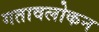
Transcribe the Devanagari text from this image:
गतावलोकन